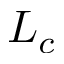
L _ { c }